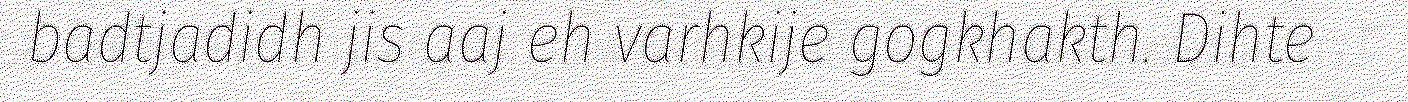
badtjadidh jis aaj eh varhkije gogkhakth. Dihte